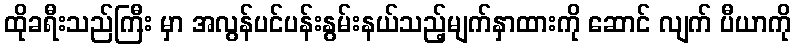
ထိုခရီးသည်ကြီး မှာ အလွန်ပင်ပန်းနွမ်းနယ်သည့်မျက်နှာထားကို ဆောင် လျက် ပီယာကို